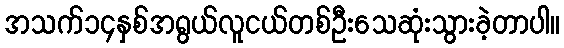
အသက်၁၄နှစ်အရွယ်လူငယ်တစ်ဦးသေဆုံးသွားခဲ့တာပါ။